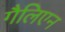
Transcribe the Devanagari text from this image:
गैलिएन